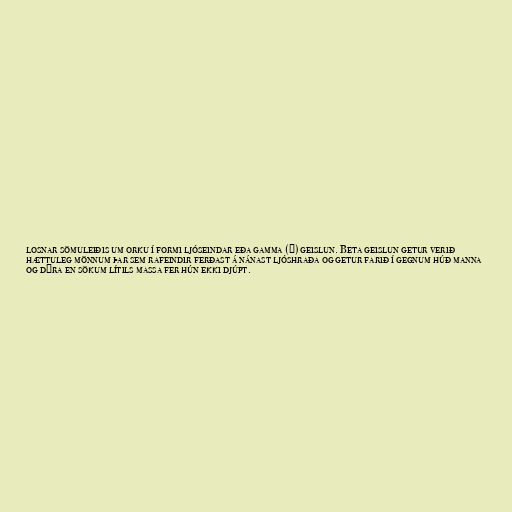
losnar sömuleiðis um orku í formi ljóseindar eða gamma (γ) geislun. Beta geislun getur verið
hættuleg mönnum þar sem rafeindir ferðast á nánast ljóshraða og getur farið í gegnum húð manna
og dýra en sökum lítils massa fer hún ekki djúpt.